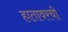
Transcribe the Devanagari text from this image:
हातावरची